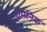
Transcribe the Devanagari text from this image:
डोमेनिक